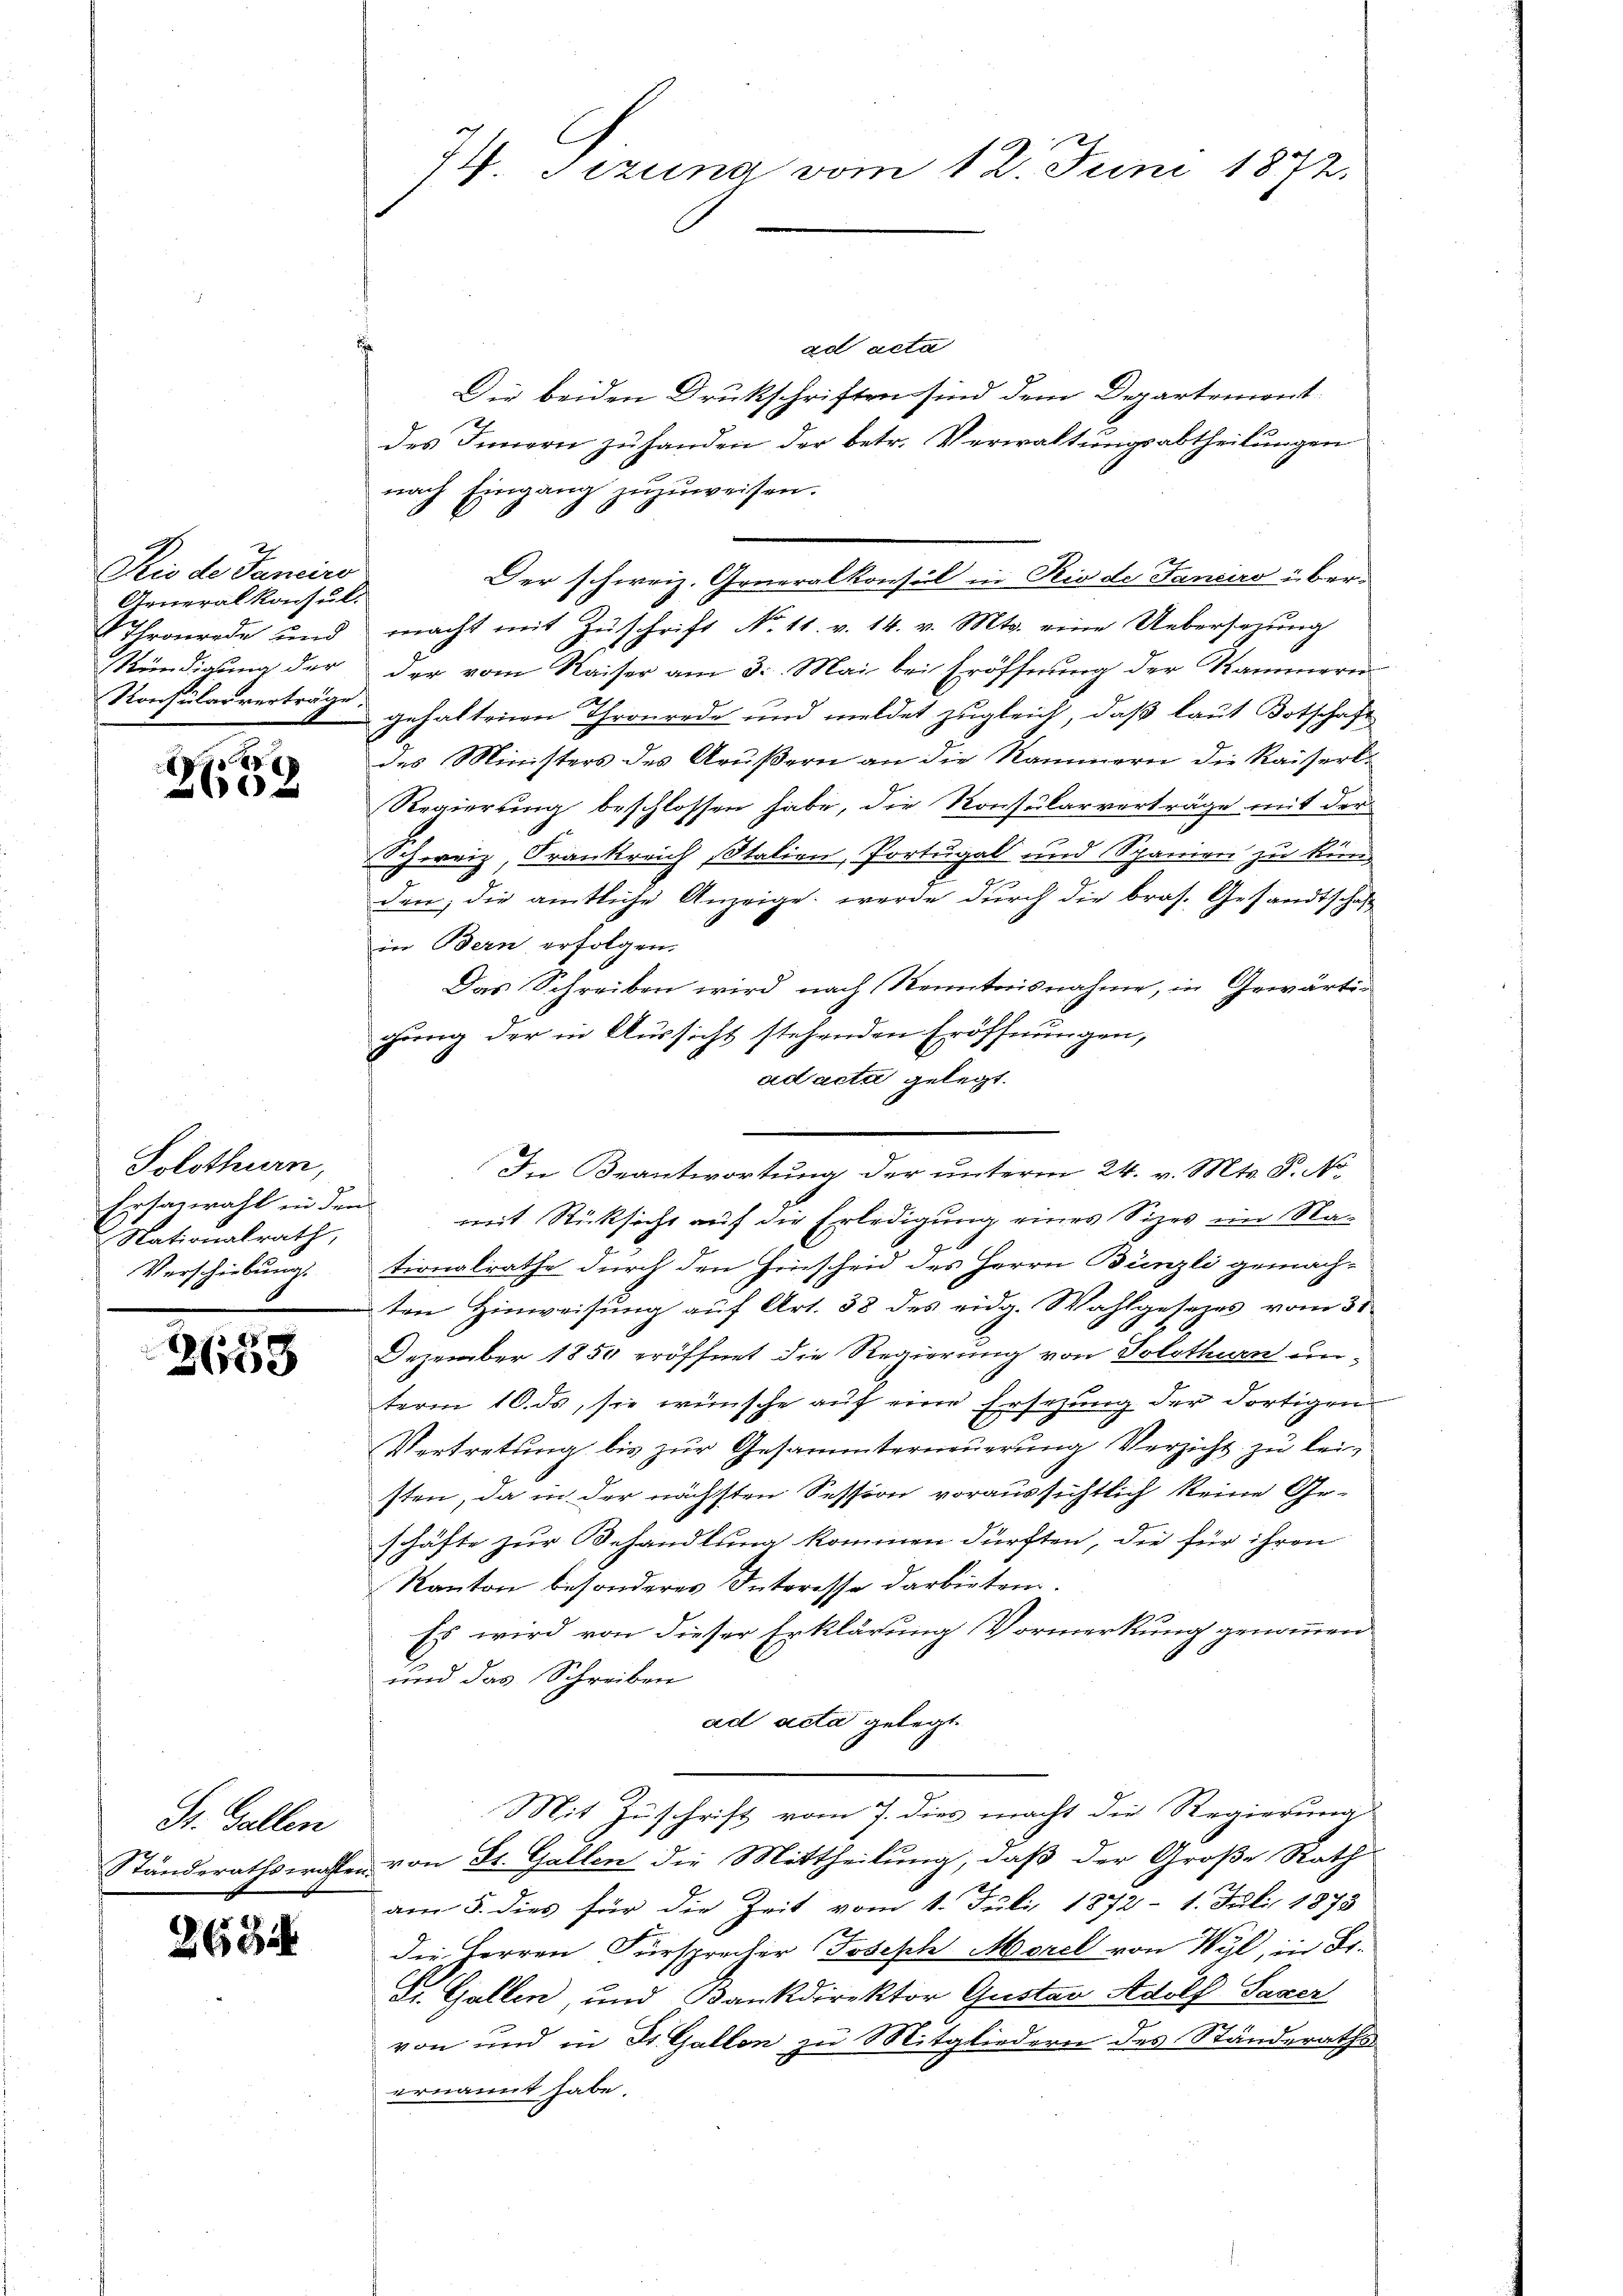
Rio de Janeiro
Generalkonsul-
Thronrede und
Kündigung der
Konsularverträge.

t
e

Solothurn,
Ersawahl in dem
Nationalrath,
Verschiebung.

e
e

263

St. Gallen

74. Sizung vom 12. Juni 1872.

ad acta
Die beiden Druckschriften sind dem Departement
des Innern zu handen der betr. Verwaltungsabtheilungen
nach Eingang zuzuweisen.
macht mit Zuschrift No 11. v. 14. v. Mts. eine Uebersag
der vom Kaiser am 3. Mai bei Eröffnung der Kammern
gehaltenen Thronrede und meldet zugleich, daß laut Botschaft
des Ministers des Grußern an die Kammern die Kaiserl.
Regierung beschlossen habe, die Konsularverträge mit der
Schweiz, Frankreich Italien, Portugal und Spanien zu künd
den, die amtliche Anzeige, werde durch die bras. Gesandtschaft
in Bern erfolgen.
Das Schreiben wird nach Kenntnisnahme, in Gewärtigung der in Aussicht stehenden Eröffnungen,
ad acta gelegt.
mit Rücksicht auf die Erledigung eines Sizes im Nationalrathe durch den Hinscheid des Herrn Bünzli gemach-
ten Hinweisung auf Art. 38 des eidg. Wahlgesezes vom 31
Dezember 1850 eröffnet die Regierung von Solothurn einterm 10. ds, sie wünsche auf eine Ersezung der dortigen
Vertretung bis zur Gesammterneuerung Verzicht zu leisten, da in der nächsten Session voraussichtlich keine Geschäfte zur Behandlung kommen dürften, die für ihren
Kanton besonderes Interesse darbieten.
Es wird von dieser Erklärung Vormerkung genommen
und das Schreiben
ad acta gelegt
Mit Zuschrift vom 7. dies macht die Regierung
Ständerathswahlen von St. Gallen die Mittheilung, daß der Große Rath
am 5. dies für die Zeit vom 1. Juli 1872 - 1. Juli 1873
die Herren Fürsprecher Joseph Morel von Wyl, in St.
L. Gallen, und Bankdirektor Gustav Adolf Saxer
von und in St. Gallen zu Mitgliedern des Ständeraths
ernannt habe.

Der schweiz. Generalkonsul in Rio de Fanciro über¬

In Beantwortung der unterm 24. v. Mts. S. N.